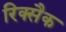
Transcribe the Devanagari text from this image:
रिक्सैक